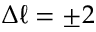
\Delta \ell = \pm 2